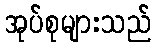
အုပ်စုများသည်